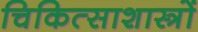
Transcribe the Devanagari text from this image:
चिकित्साशास्त्रों